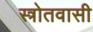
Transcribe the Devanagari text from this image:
स्त्रोतवासी